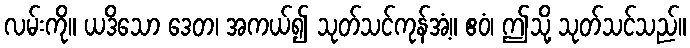
လမ်းကို။ ယဒိသော ဒေတ၊ အကယ်၍ သုတ်သင်ကုန်အံ့။ ဧဝံ၊ ဤသို့ သုတ်သင်သည်။